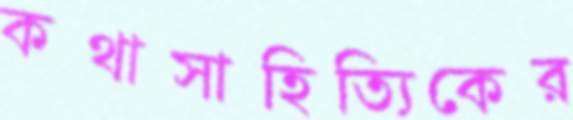
কথাসাহিত্যিকের